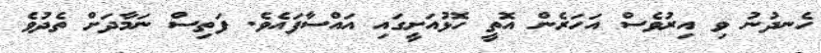
ހެނދުނު ވި އިރުވެސް އަހަރެން އޮތީ ހޮޅުއަށީގައި އައްސާފައެވެ. ފަތިސް ނަމާދަށް ތެދުވެ